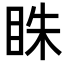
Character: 𥅲